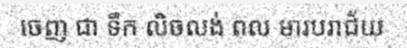
ចេញ ជា ទឹក លិចលង់ ពល មារបរាជ័យ